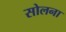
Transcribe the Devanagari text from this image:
सोलना